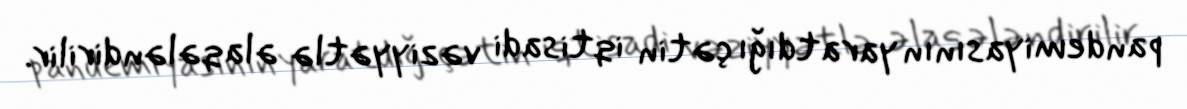
pandemiyasının yaratdığı çətin iqtisadi vəziyyətlə əlaqələndirilir.